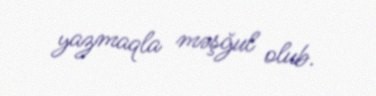
yazmaqla məşğul olub.